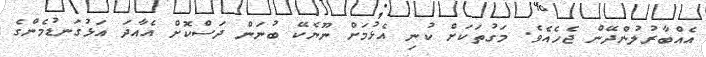
އެއްބާރުލުންދޭން ޖެހެއެވެ. މަގުތަކަށް ކުނި އެޅުމަށް ނޫނެކޭ ބުނަން ދަސްކޮށް އެއާދަ އަޅުގަނޑުމެންގެ